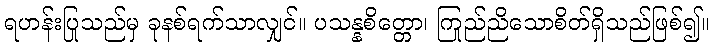
ရဟန်းပြုသည်မှ ခုနစ်ရက်သာလျှင်။ ပသန္နစိတ္တော၊ ကြည်ညိုသောစိတ်ရှိသည်ဖြစ်၍။